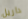
داريل